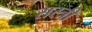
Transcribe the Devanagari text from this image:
सस्त्री